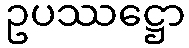
ဥပဿဋ္ဌော